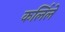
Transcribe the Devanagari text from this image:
कर्लिले